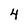
Character: 4